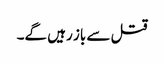
قتل سے باز رہیں گے۔